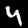
Digit: 4